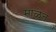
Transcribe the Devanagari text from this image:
माळेत